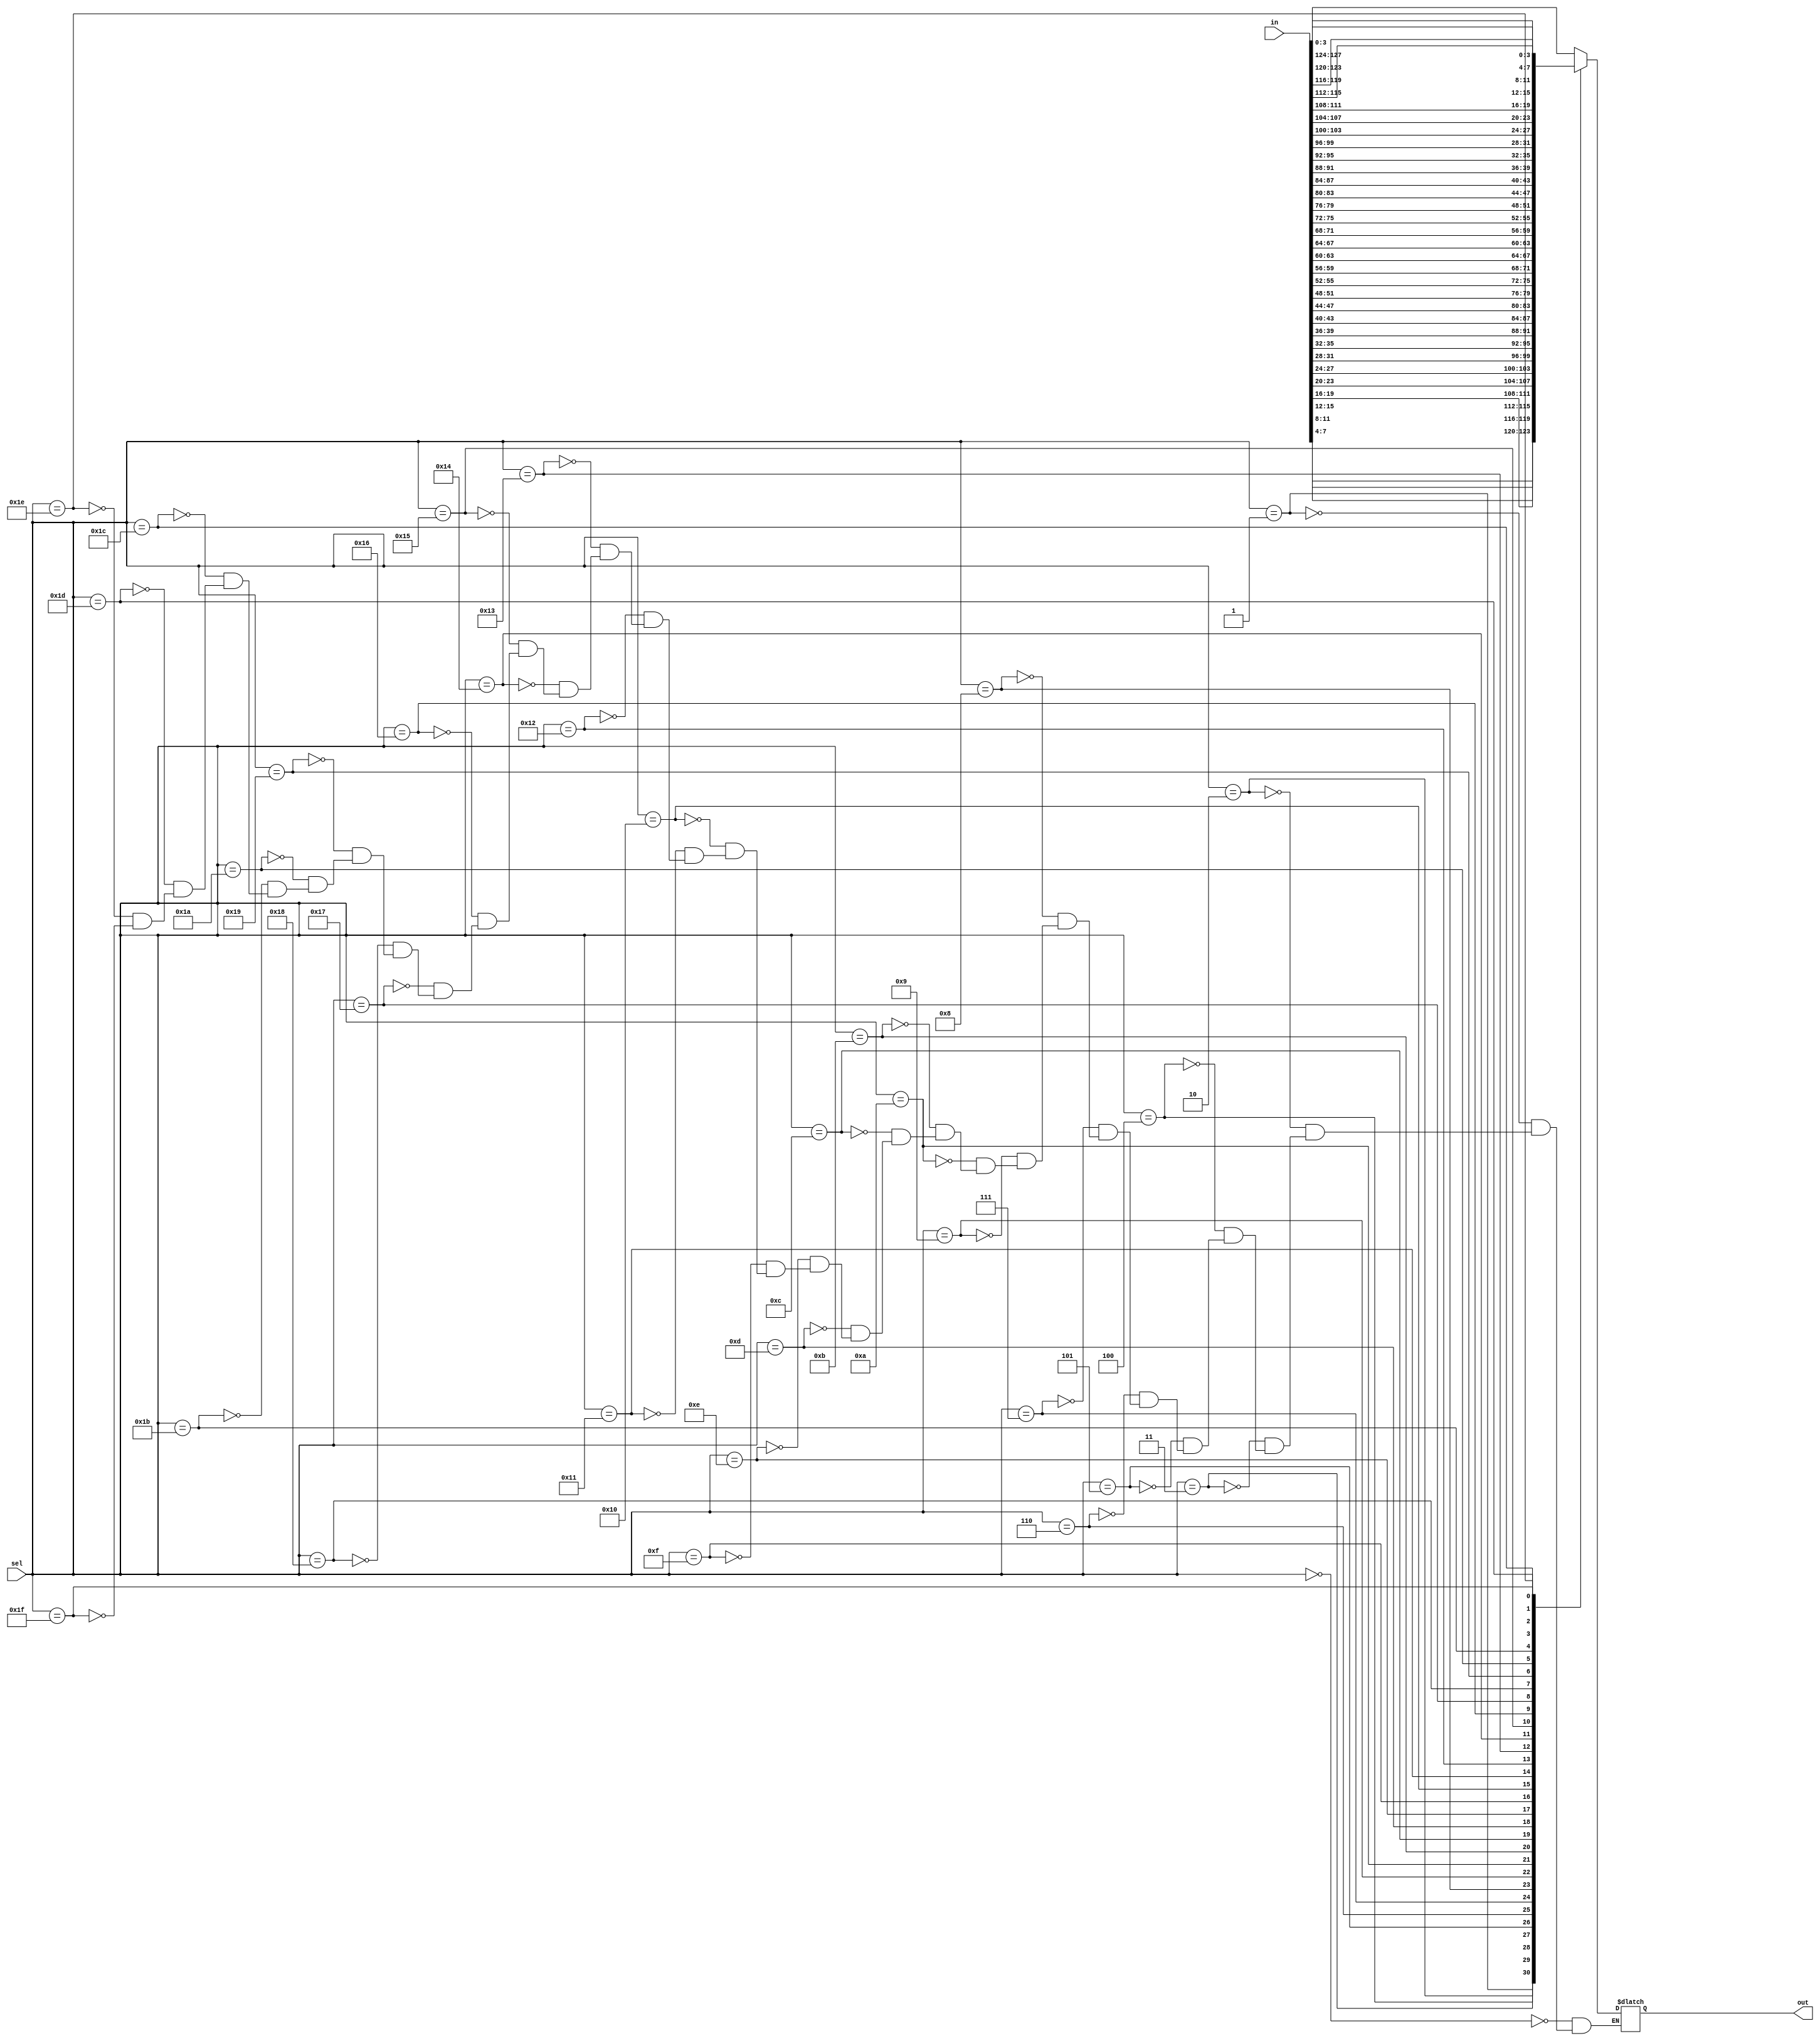
module top_module (
  input [1023:0] in,
  input [7:0] sel,
  output [3:0] out
);

  reg [3:0] out;

  always @(sel or in) begin
    case (sel)
      0: out = in[3:0];
      1: out = in[7:4];
      2: out = in[11:8];
      3: out = in[15:12];
      4: out = in[19:16];
      5: out = in[23:20];
      6: out = in[27:24];
      7: out = in[31:28];
      8: out = in[35:32];
      9: out = in[39:36];
      10: out = in[43:40];
      11: out = in[47:44];
      12: out = in[51:48];
      13: out = in[55:52];
      14: out = in[59:56];
      15: out = in[63:60];
      16: out = in[67:64];
      17: out = in[71:68];
      18: out = in[75:72];
      19: out = in[79:76];
      20: out = in[83:80];
      21: out = in[87:84];
      22: out = in[91:88];
      23: out = in[95:92];
      24: out = in[99:96];
      25: out = in[103:100];
      26: out = in[107:104];
      27: out = in[111:108];
      28: out = in[115:112];
      29: out = in[119:116];
      30: out = in[123:120];
      31: out = in[127:124];
    endcase
  end

endmodule